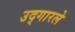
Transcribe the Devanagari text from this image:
उद्‌गारले